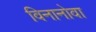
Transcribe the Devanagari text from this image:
विनानोवा